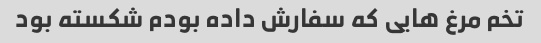
تخم مرغ هایی که سفارش داده بودم شکسته بود